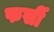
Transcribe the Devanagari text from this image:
फर्सी